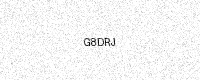
Text: G8DRJ